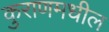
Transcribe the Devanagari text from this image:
कुराणमधील